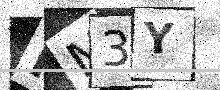
Text: NM3Y